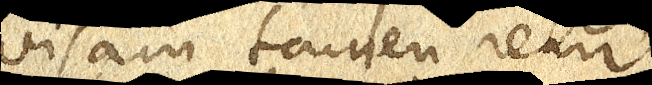
visam tamen rem